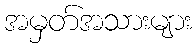
အမှတ်အသားများ